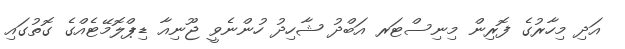
އަދި މިހާރުގެ ފޮރިން މިނިސްޓަރ އަބްދު ޝާހިދު ހުންނެވީ ޖޫނިއާ ޑިޕްލޮމޭޓެއްގެ ގޮތުގައި